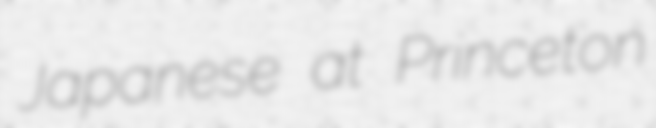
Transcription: Japanese at Princeton